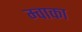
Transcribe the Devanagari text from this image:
म्वाका